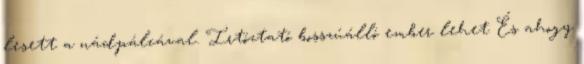
lesett a nádpálcával. Irtóztató bosszúálló ember lehet És ahogy